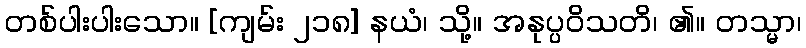
တစ်ပါးပါးသော။ [ကျမ်း ၂၁၈] နယံ၊ သို့။ အနုပ္ပဝိသတိ၊ ၏။ တသ္မာ၊